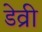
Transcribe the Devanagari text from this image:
डेव्री